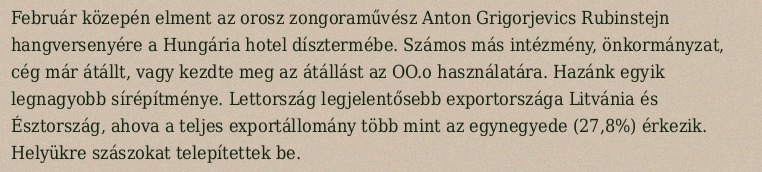
Február közepén elment az orosz zongoraművész Anton Grigorjevics Rubinstejn hangversenyére a Hungária hotel dísztermébe. Számos más intézmény, önkormányzat, cég már átállt, vagy kezdte meg az átállást az OO.o használatára. Hazánk egyik legnagyobb sírépítménye. Lettország legjelentősebb exportországa Litvánia és Észtország, ahova a teljes exportállomány több mint az egynegyede (27,8%) érkezik. Helyükre szászokat telepítettek be.